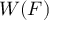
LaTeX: W ( { \boldsymbol { F } } )